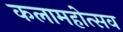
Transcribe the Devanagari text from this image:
कलामहोत्सव